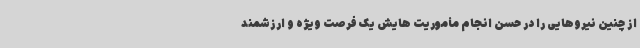
از چنین نیروهایی را در حسن انجام مأموریت هایش یک فرصت ویژه و ارزشمند